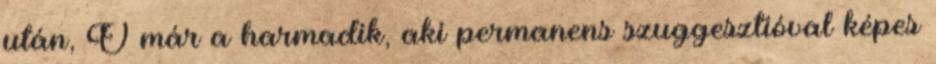
után, Ő már a harmadik, aki permanens szuggesztióval képes